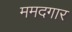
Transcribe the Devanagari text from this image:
ममदगार